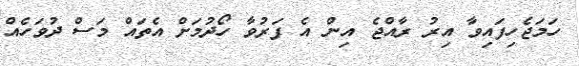
ހަމަޖެހިފައިވާ އިރު ރާއްޖެ އިން އެ ފަރުވާ ހޯދުމަށް އެތައް މަސް ދުވަހެއް